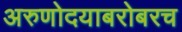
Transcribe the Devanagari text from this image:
अरुणोदयाबरोबरच